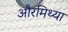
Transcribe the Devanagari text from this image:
औरमिथ्या